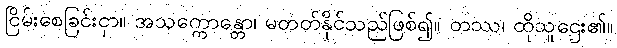
ငြိမ်းစေခြင်းငှာ။ အသက္ကောန္တော၊ မတတ်နိုင်သည်ဖြစ်၍။ တဿ၊ ထိုသူဌေး၏။